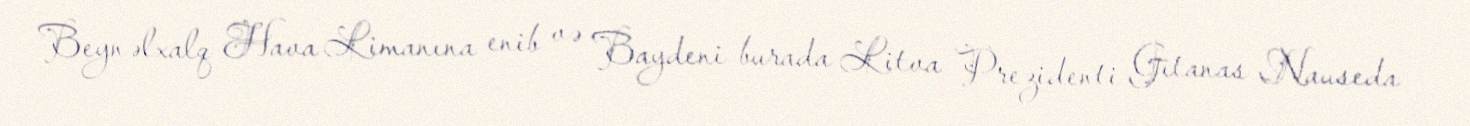
Beynəlxalq Hava Limanına enib və Baydeni burada Litva Prezidenti Gitanas Nauseda